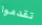
تقدموا